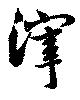
滓